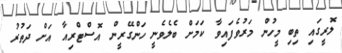
ލޮރީގައި ތިބި މީހުން މަރުވެފައިވާ ކަމަށް ބެލެވެނީ ހަންގޭރީން އޮސްޓްރިއާ އަށް ދަތުރު